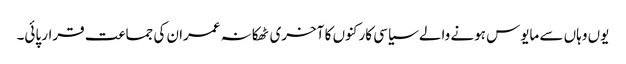
یوں وہاں سے مایوس ہونے والے سیاسی کارکنوں کا آخری ٹھکانہ عمران کی جماعت قرار پائی۔